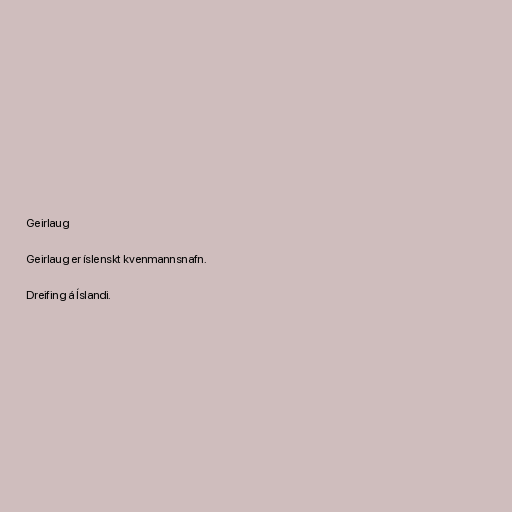
Geirlaug

Geirlaug er íslenskt kvenmannsnafn.

Dreifing á Íslandi.